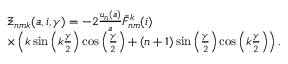
\begin{array} { r l } & { \Xi _ { n m k } ( a , i , \gamma ) = - 2 \frac { u _ { n } ( a ) } { a } \bar { F } _ { n m } ^ { k } ( i ) } \\ & { \times \left( k \sin \left( k \frac { \gamma } { 2 } \right) \cos \left( \frac { \gamma } { 2 } \right) + ( n + 1 ) \sin \left( \frac { \gamma } { 2 } \right) \cos \left( k \frac { \gamma } { 2 } \right) \right) . } \end{array}